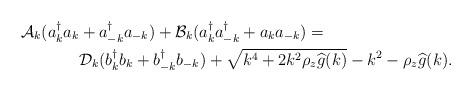
LaTeX: \begin{align*}\mathcal A_k (a_k^\dagger a_k &+ a_{-k}^\dagger a_{-k}) + \mathcal B_k (a_k^\dagger a_{-k}^\dagger + a_k a_{-k}) = \\& \mathcal D_k (b_k^\dagger b_k + b_{-k}^\dagger b_{-k}) + \sqrt{k^4 + 2 k^2 \rho_z \widehat g(k)} - k^2 - \rho_z \widehat g(k).\end{align*}